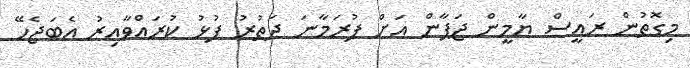
މިގޮތުން ރައީސް ޔާމީން ޖަޕާން އަށް ފުރަމާނަ ދަތުރު ފުޅު ކުރައްވާއިރު އެބަޖެހޭ